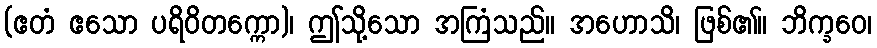
(ဧတံ ဧသော ပရိဝိတက္ကော)၊ ဤသို့သော အကြံသည်။ အဟောသိ၊ ဖြစ်၏။ ဘိက္ခဝေ၊